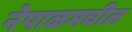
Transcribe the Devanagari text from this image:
नेपाळमघील